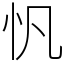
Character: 忛